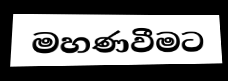
මහණවීමට